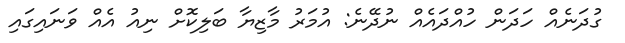
ގުދަނެއް ހަދަން ހުއްދައެއް ނުދޭނެ: އުމަރު މާޒިޔާ ބަލިކޮށް ނިއު އެއް ވަނައިގައި